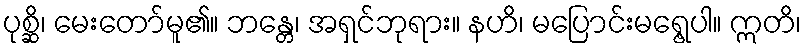
ပုစ္ဆိ၊ မေးတော်မူ၏။ ဘန္တေ၊ အရှင်ဘုရား။ နဟိ၊ မပြောင်းမရွေ့ပါ။ ဣတိ၊